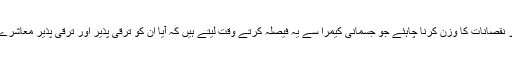
اس کے مطابق ، ایجنسیوں کو ان فوائد اور نقصانات کا وزن کرنا چاہئے جو جسمانی کیمرا سے یہ فیصلہ کرتے وقت لیتے ہیں کہ آیا ان کو ترقی پذیر اور ترقی پذیر معاشرے کے مطابق لاگو کیا جاسکتا ہے یا نہیں۔